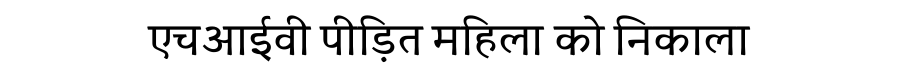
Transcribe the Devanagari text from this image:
एचआईवी पीड़ित महिला को निकाला